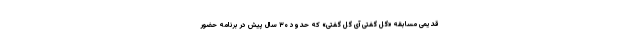
قدیمی مسابقه «گل گفتی آی گل گفتی» که حدود ۳۰ سال پیش در برنامه حضور